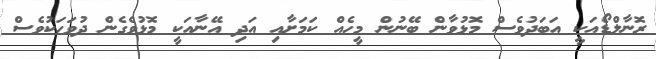
ރޮނާލްޑޯއަކީ އަބަދުވެސް މޮޅުވާން ބޭނުން މީހެއް ކަމަށާއި އަދި އޭނާއަކީ މޮޅުވެގެން ދުވަހަކުވެސް